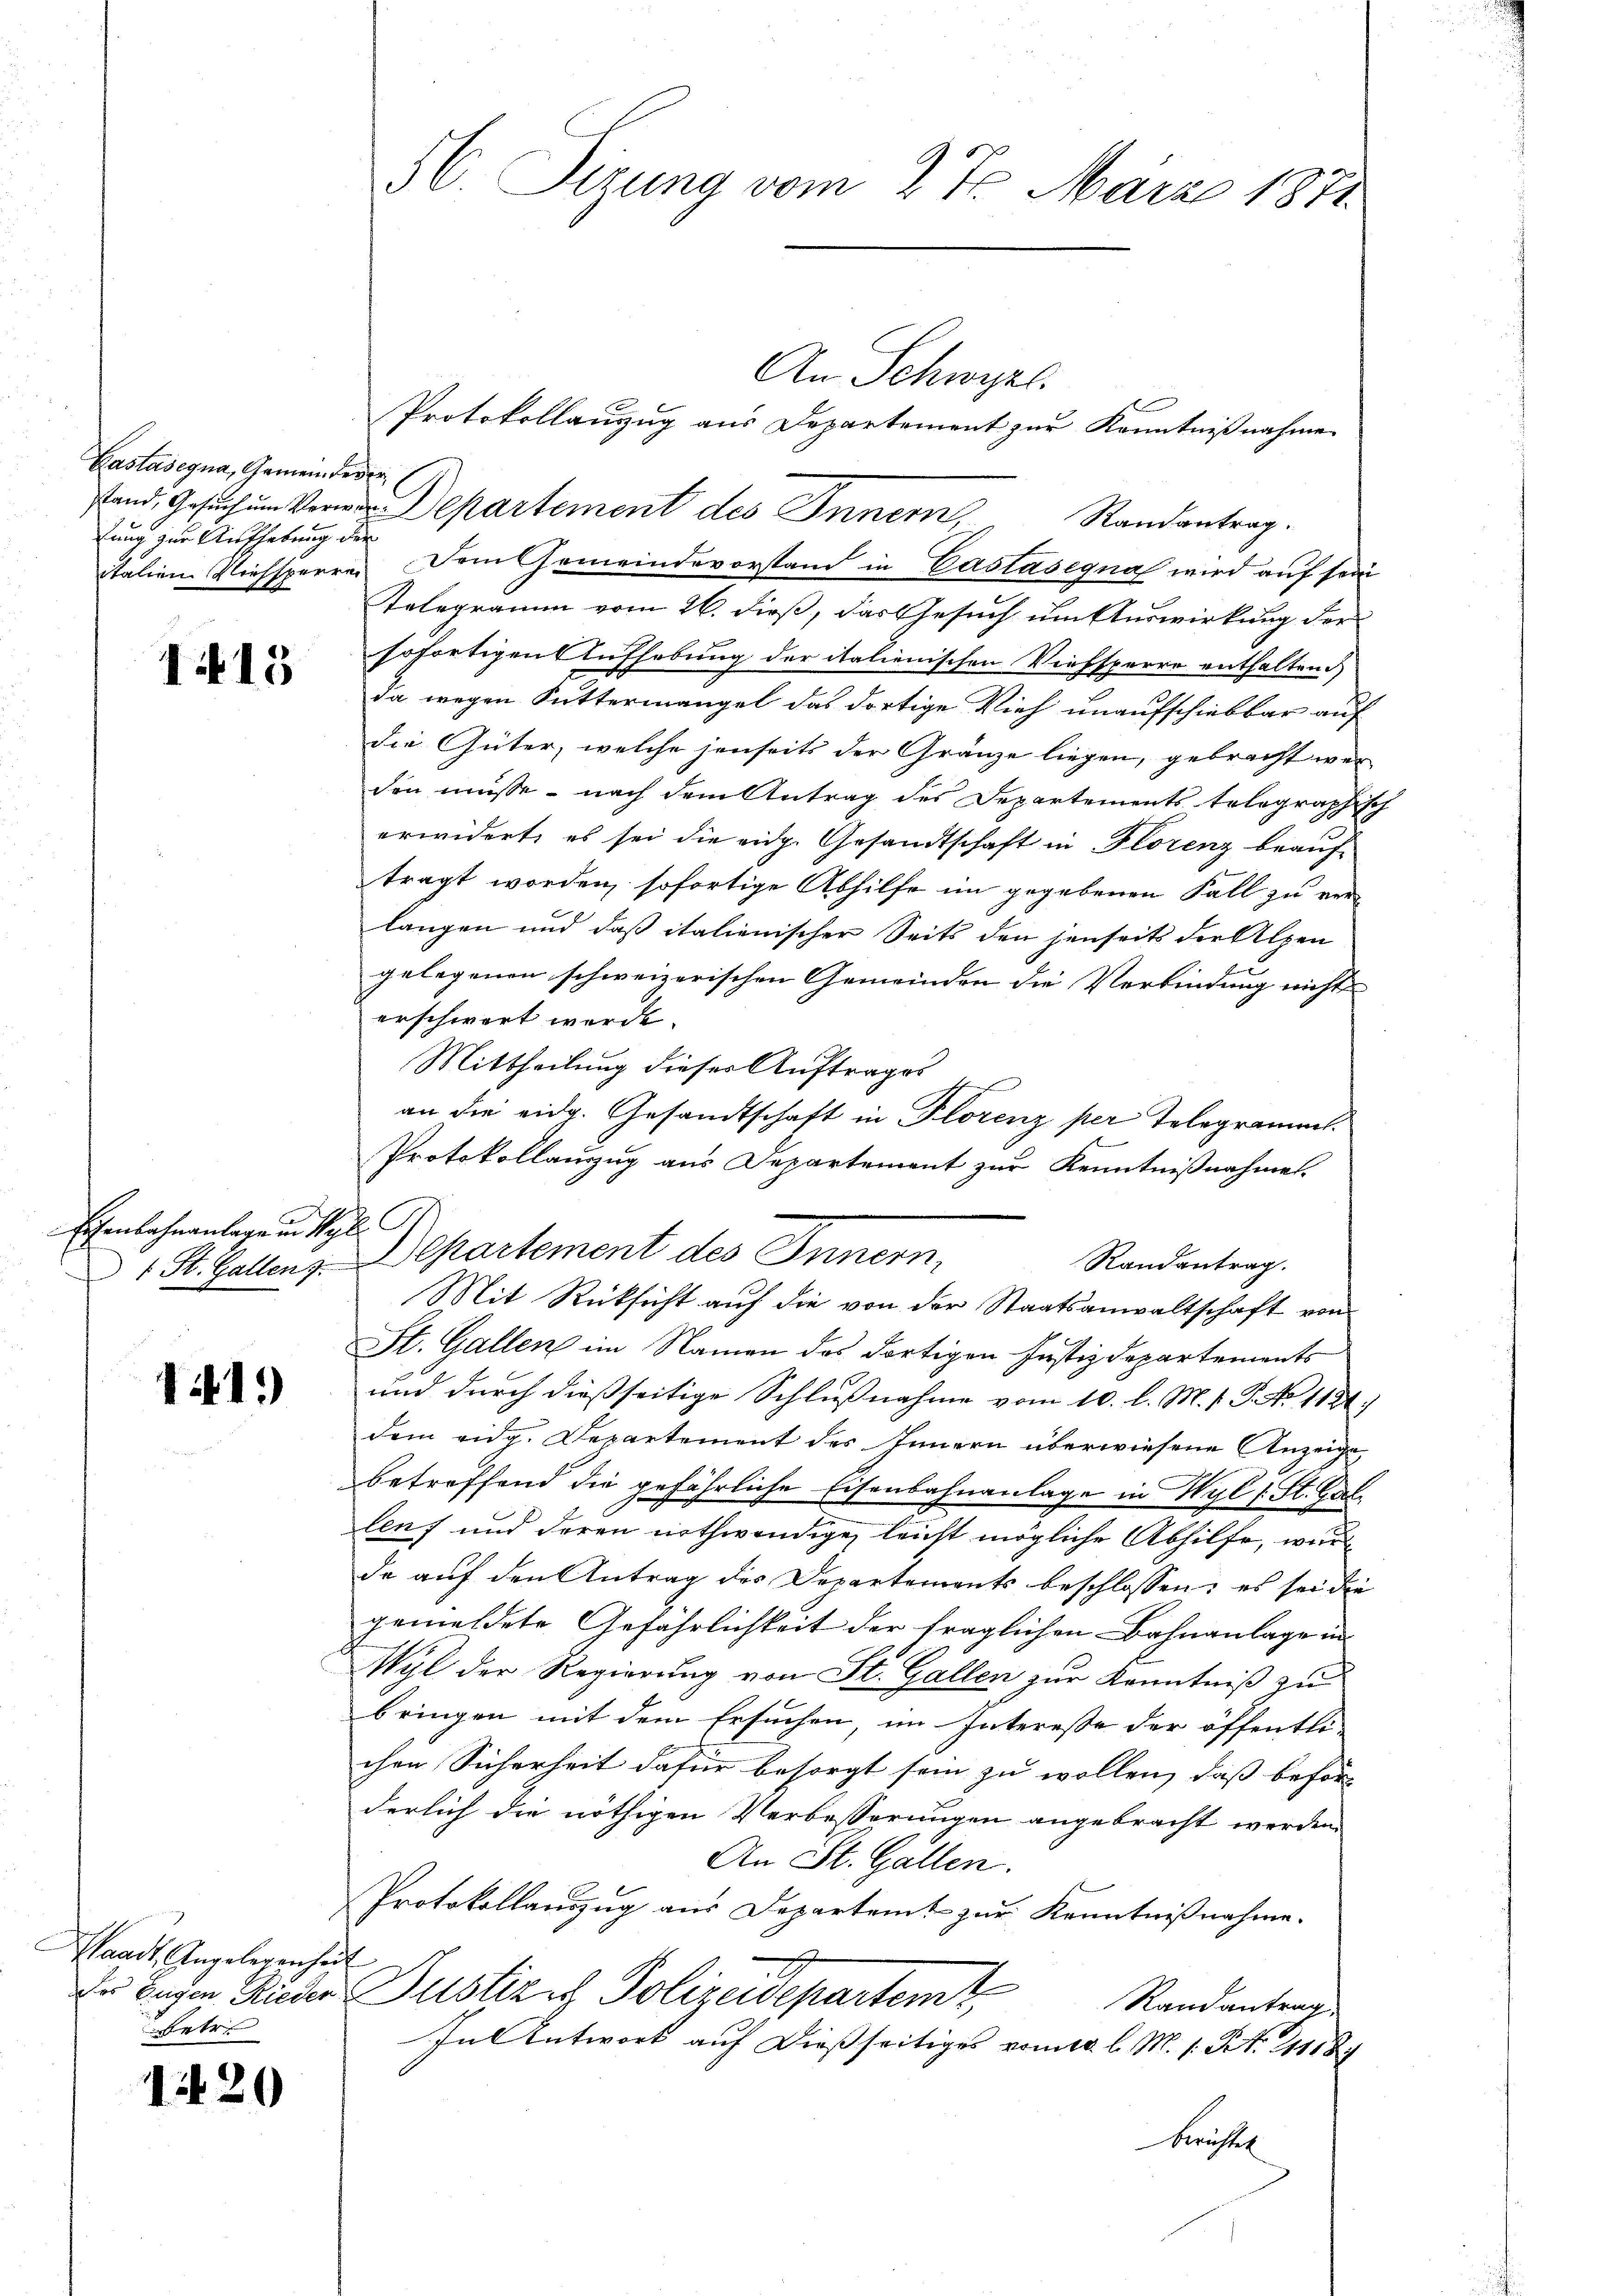
Castasegna, Gemeinderer
lung zur Aufhebung der

1415

Eisenbahnanlage in Mal

11.)

Waadt, Angelegenheit
betre

1420

An Schwyzl.
Protokollanzug aus Departement zur Kenntnißnahme
stand Gesuch um Verwar Departement des Innern, Randantrag.
italien Viehsperre. Dem Gemeindevorstand in Castasegna wird auf sein
Telegramm vom 26. dieß, das Gesuch um Auswirkung der
sofortigen Aufhebung der italienischen Viehsperre enthaltend
da wegen Suttermangel das dortige Vieh unaufschiebbar auf
die Güter, welche jenseits der Gränze liegen, gebracht wer-
den müsse - nach dem Antrag des Departements telegraphisch
erwidert, es sei die eidg. Gesandtschaft in Florenz beauftragt worden, sofortige Abhilfe im gegebenen Fall zu verlangen und daß italienischer Seits den jenseits der Alpen
gelegenen schweizerischen Gemeinden die Verbindung nicht
erschwert werde.
Mittheilung dieser Auftrages
an die eidg. Gesandtschaft in Florenz per Telegramms.
e
Protokollauszug aus Departement zur Kenntnißnahme.
1 St. Gallen. Departement des Innern,
Randantrag.
Mit Rücksicht auf die von der Staatsanwaltschaft von
St. Gallen im Namen des dortigen Justizdepartements
und durch dießseitige Schlußnahme vom 10. l. M. V. P. No 1181.
dem eidg. Departement des Innern überwiesene Anzeige
betreffend die gefährliche Eisenbahnanlage in Wyl (St. Gal
leuf und deren nothwendige, leicht mögliche Abhilfe, we
de auf den Antrag der Departements beschlossen: es sei die
gemeldete Gefährlichkeit der fraglichen Bahnanlage in
Wyl der Regierung von St. Gallen zur Kenntniß zu
bringen mit dem Ersuchen, im Interesse der öffentli
chen Sicherheit dafür besorgt sein zu wollen, daß beför
derlich die nöthigen Verbesserungen angebracht werden.
An St. Gallen.
Protokollauszug aus Departent zur Kenntnißnahme.
Du Enden Zuder Justiz & Polizeidepartemt
Randantrag
In Antwort auf dießseitiges vom g. l. M. s. Art. 2111 S
Brustel

56. Sirung vom 27. März 1871